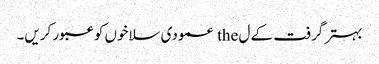
بہتر گرفت کے ل the عمودی سلاخوں کو عبور کریں۔